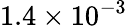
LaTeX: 1.4\times 10^{-3}